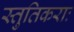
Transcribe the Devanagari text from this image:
स्तुतिकराः